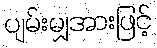
ပျမ်းမျှအားဖြင့်